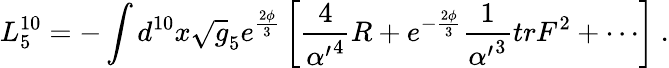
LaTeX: L_{5}^{10}=-\int d^{10}x\sqrt g_{5}e^{\frac{2\phi}{3}}\left[{\frac{4}{{\alpha^{\prime}}^{4}}}R+e^{-{\frac{2\phi}{3}}}{\frac{1}{{\alpha^{\prime}}^{3}}}trF^{2}+\cdots\right]\ .